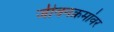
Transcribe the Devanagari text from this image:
जीवनक्रमांवर